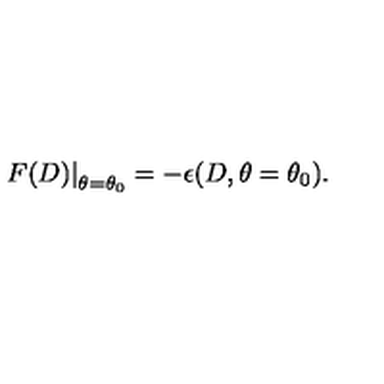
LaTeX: \left. F ( D ) \right| _ { \theta = \theta _ { 0 } } = - \epsilon ( D , \theta = \theta _ { 0 } ) .